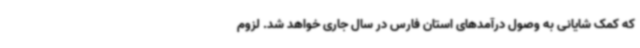
که کمک شایانی به وصول درآمدهای استان فارس در سال جاری خواهد شد. لزوم